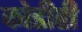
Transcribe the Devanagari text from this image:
कोडीही